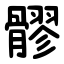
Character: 髎